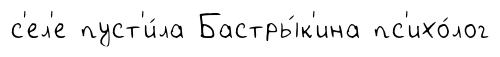
с'ел'е пуст'и́ла Бастры́к'ина пс'ихо́лог